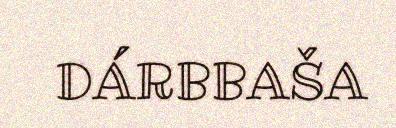
DÁRBBAŠA